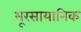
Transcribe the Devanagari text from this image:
भूरसायानिक